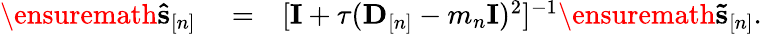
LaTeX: \begin{array}{rlr}{\ensuremath{\mathbf{\hat{s}}}_{[n]}}&{{}=}&{[{\mathbf I}+\tau({\mathbf D}_{[n]}-m_{n}{\mathbf I})^{2}]^{-1}\ensuremath{\mathbf{\tilde{s}}}_{[n]}.}\end{array}